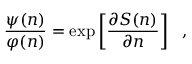
\frac { \psi ( n ) } { \varphi ( n ) } = \exp \left[ \frac { \partial { \cal S } ( n ) } { \partial n } \right] \ \ ,